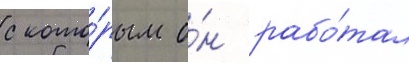
с кото́рым о́н рабо́тал